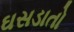
ઘસડાતો